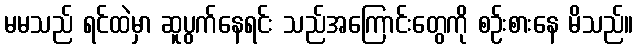
မမသည် ရင်ထဲမှာ ဆူပွက်နေရင်း သည်အကြောင်းတွေကို စဉ်းစားနေ မိသည်။